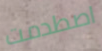
اصطدمت